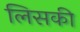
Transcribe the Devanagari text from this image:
लिसकी